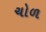
ચોળ